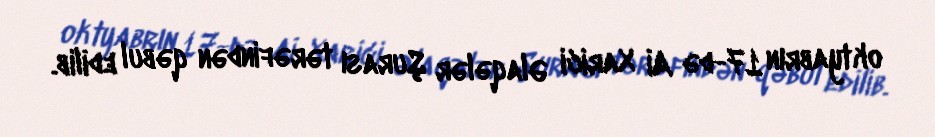
oktyabrın 17-də Aİ Xarici Əlaqələr Şurası tərəfindən qəbul edilib.